[Report on the health of British troops in the Madras command]
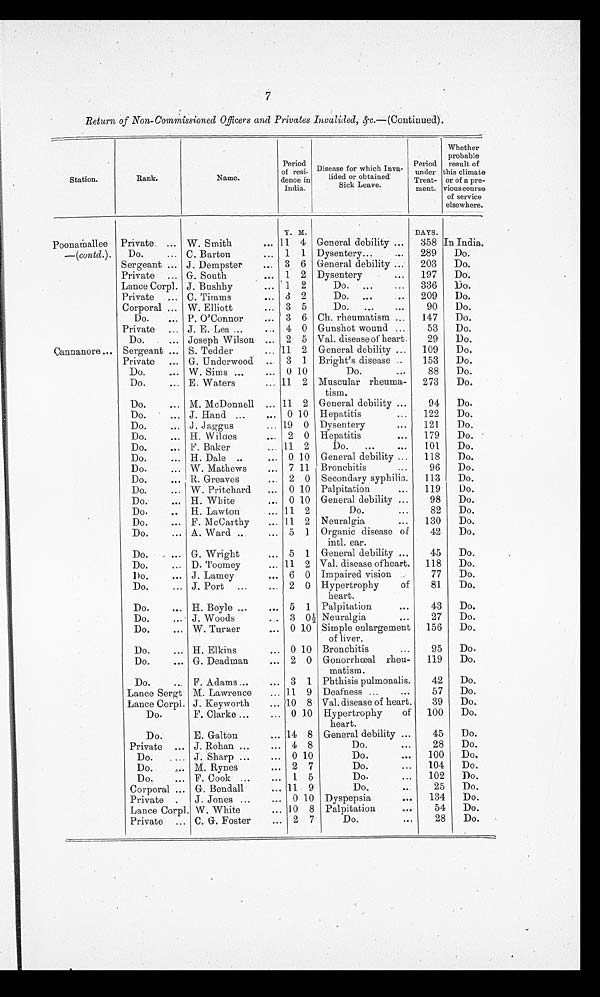
7
Return of Non-Commissioned Officers and Privates Invalided,&c. —(Continued).
Station.
Rank.
Name.
Period
of resin-
deuce in
Indian.
Disease for which Inva-
lidded or obtained'
Sick Leave.
Period
under
Treat-
went.
Whether
probable
result of
this climate
or of a pre-
vinous course
-
of service
elsewhere.
P o o n a m a l l e e
—(contd.).
Private.
W. Smith
...
Y.
11
M.
4 General debility ...
DAYS.
358 In India.
Do.
... C. Barton
... 1 1 Dysentery...
...
289
Do.
Sergeant ... J. Dempster
3 6 General debility ...
203
Do.
Private ... G. South
... 1 2 Dysentery
...
197
Do.
Lance Corpl. J. Bushhy
... 1 2
Do.
...
336
Do.
Private ,.. C. Timms
... 3 2
Do. ...
...
209
Do.
Corporal ... W. Elliott
... 3 5
Do.
...
. . .
90
Do.
Do.
... P. O'Connor
... 3 6 Ch. rheumatism ....
147
Do.
Private ... J. E. Lea ...
... 4 0 Gunshot wound ...
53
Do.
Do.
... Joseph Wilson ... 2 5 Val. disease of heart.
29
Do.
Cannanore ... Sergeant ... S. Tedder
. . . 11 2 General debility ...
109
Do.
Private
... G. Underwood ... 3 1 Bright's disease ..
153
Do.
Do.
... W. Sims ...
... 0 10
Do.
. . .
88
Do.
Do.
... E. Waters
... 11 2 Muscular rheuma-
tism.
273
Do.
Do.
... M. McDonnell ... 11 2 General debility ...
94
Do.
Do.
... J. Hand ...
... 0 10 Hepatitis
...
122
Do.
Do.
... J . Jaggus
... 19 0 Dysentery
...
121
Do.
Do.
... H. Wilaes
... 2 0 Hepatitis
...
179
Do.
Do.
... F. Baker
... 11 2
Do.
...
...
101
Do.
Do.
... H. Dale ..
... 0 10 General debility ...
118
Do.
Do.
... W. Mathews
... 7 11 Bronchitis
...
96
Do.
Do.
... R. Greaves
... 2 0 Secondary syphilis.
113
Do.
Do.
... W. Pritchard
. . . , . . 0 10 Palpitation
...
119
Do.
Do.
... H. White
... 0 10 General debility ...
98
Do.
Do.
... H. Lawton
... 11 2
Do.
...
82
Do.
Do.
... F. McCarthy
... 11 2 Neuralgia
...
130
Do.
Do.
... A. Ward ...
... 5 1 Organic disease of
intl. ear.
42
Do.
Do.
... G. Wright
... 5 1 General debility ...
45
Do.
Do.
... D. Toomey
... 11 2 Val. disease ofheart.
118
Do.
D o . .
. . . J. Lamey
. . . 6 0 Impaired vision .
77
Do.
Do.
... J. Port ...
... 2 0 Hypertrophy
of
heart.
81
Do.
Do.
... H. Boyle ...
. . . 5 1 Palpitation
. . .
43
Do.
Do.
... J. Woods
... 3 0 1/2 Neuralgia
. . .
27
Do.
Do.
... W. Turner
... 0 10 Simple enlargement
of liver.
156
Do.
Do.
... H. Elkins
... 0 10 Bronchitis
...
95
Do.
Do.
... G. Deadman
... 2 0 Gouorrœeal rheu-
matism.
119
Do.
Do.
... F. Adams ...
... 3 1 Phthisis pulmonalis.
42
Do.
Lance Sergt M. Lawrence
... 11 9 Deafness ...
...
57
Do.
Lance Corpl. J. Keyworth
... 10 8 Val. disease of heart.
39
Do.
Do.
F. Clarke ...
... 0 10 Hypertrophy
of
heart.
100
Do.
Do.
E. Galton.
... 14 8 General debility ...
45
Do.
Private ... J. Rohan ...
... 4 8
Do.
. . .
28
Do.
Do.
... J. Sharp ...
... 0 10
Do.
...
100
Do.
Do.
,.. M. Rynes
... 2 7
Do.
...
104
Do.
Do.
... F. Cook ...
... 1 5
Do.
...
102
Do.
Corporal ... G. Bendall
... 11 9
Do.
. . .
25
Do.
Private .
J. Jones ...
... 0 10 Dyspepsia
...
134
Do.
Lance Corpl. W. White
... 10 8 Palpitation
. . .
54
Do.
Private ... C. G. Foster
... 2 7
Do.
. . .
28
Do.